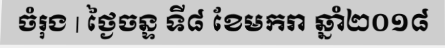
ចំរុង | ថ្ងៃចន្ទ ទី៨ ខែមករា ឆ្នាំ២០១៨